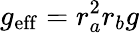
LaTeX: g_{\mathrm{eff}}=r_{a}^{2}r_{b}g